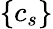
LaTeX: \{ c_{s}\}